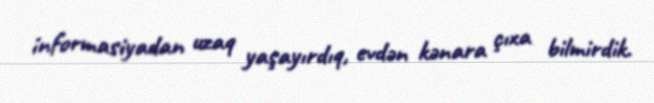
informasiyadan uzaq yaşayırdıq, evdən kənara çıxa bilmirdik.